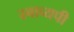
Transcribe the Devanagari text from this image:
स्र्वाव्यपी